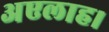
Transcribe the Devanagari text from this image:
अएलाह।